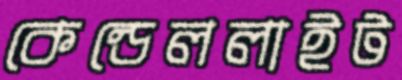
কেন্ডেললাইট